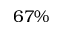
6 7 \%